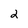
Character: 2